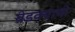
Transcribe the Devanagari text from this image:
बेडक्याची